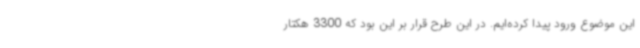
این موضوع ورود پیدا کرده‌ایم. در این طرح قرار بر این بود که 3300 هکتار